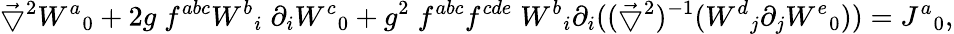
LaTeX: \vec{\bigtriangledown}^{2}{W^{a}}_{0}+2g\; f^{abc}{W^{b}}_{i}\; \partial_{i}{W^{c}}_{0}+g^{2}\; f^{abc}f^{cde}\; {W^{b}}_{i}\partial_{i}((\vec{\bigtriangledown}^{2})^{-1}({W^{d}}_{j}\partial_{j}{W^{e}}_{0}))={J^{a}}_{0},